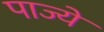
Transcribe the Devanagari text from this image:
पाज्ये